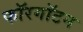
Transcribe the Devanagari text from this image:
फॉरगॉटन